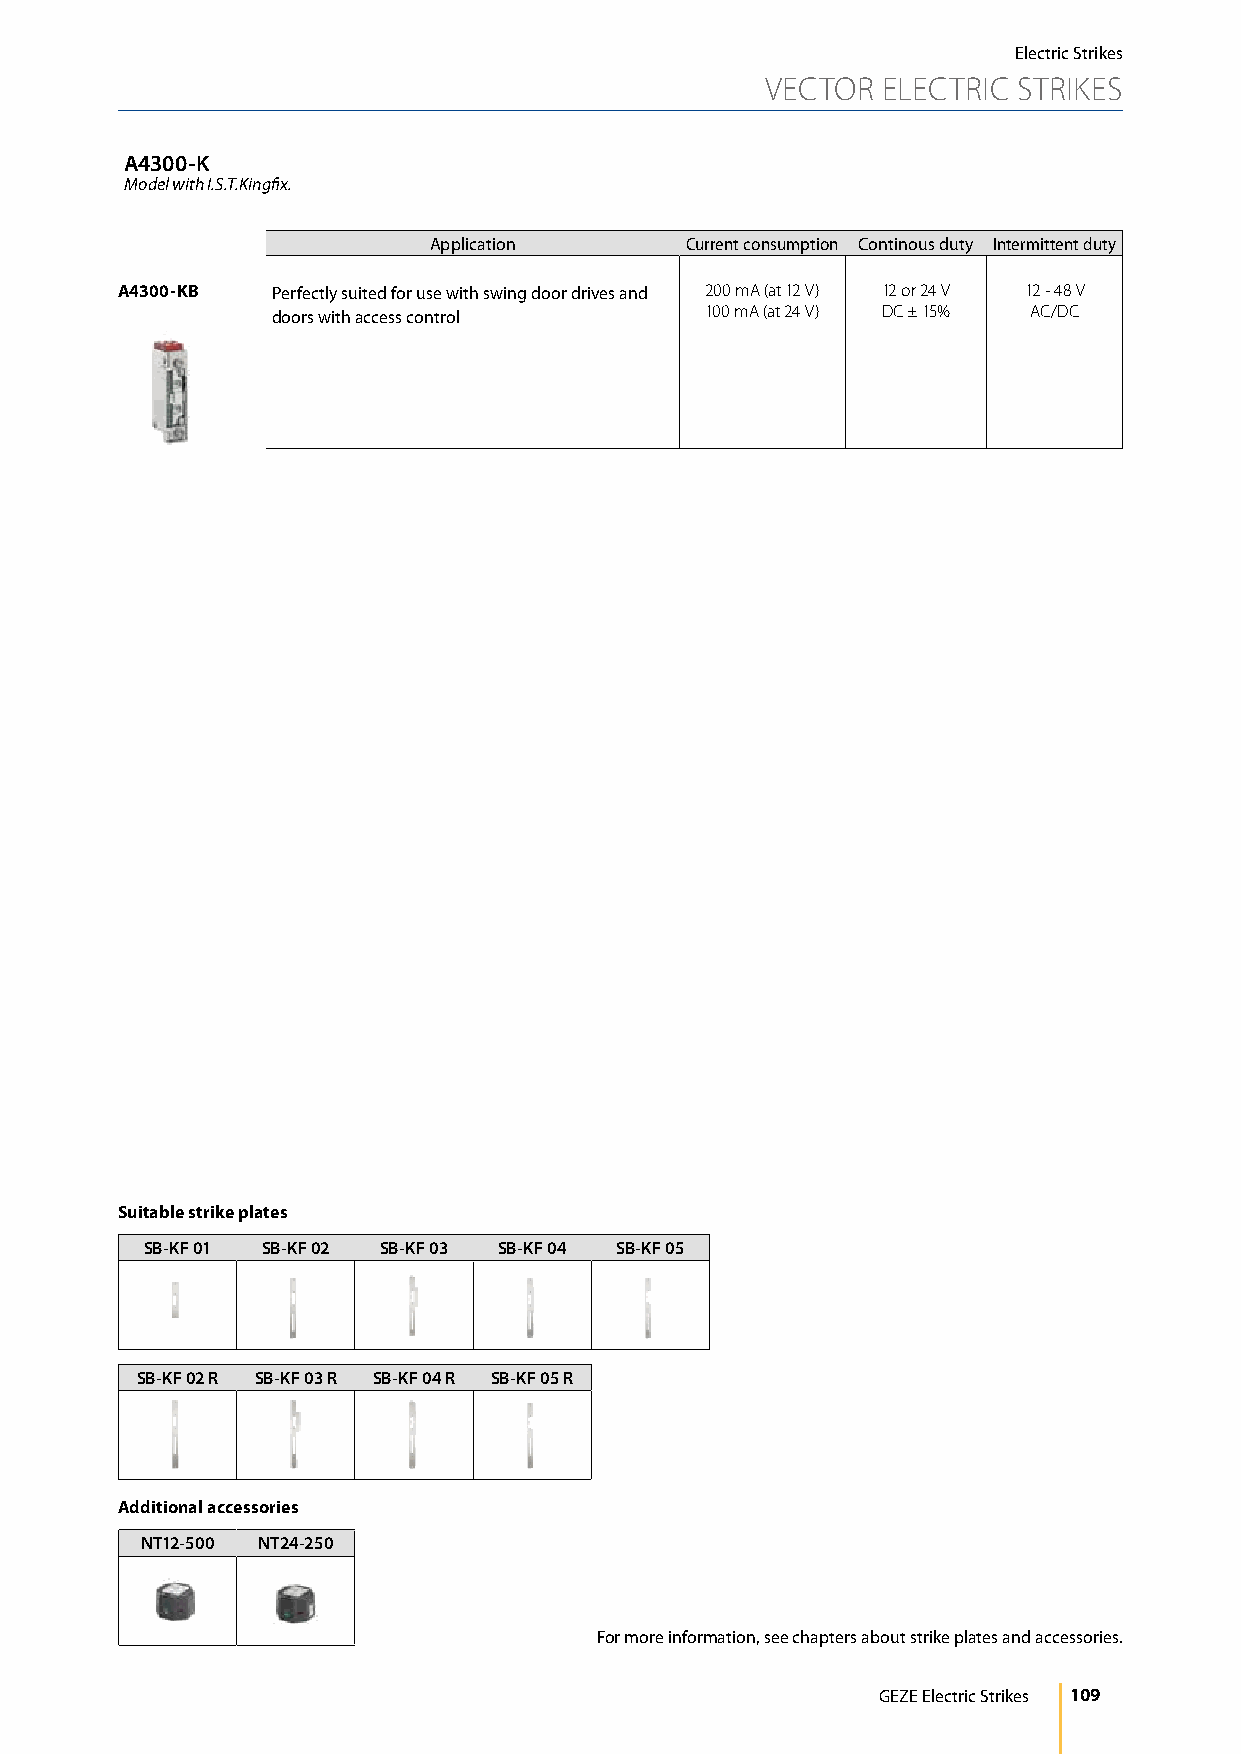
Electric Strikes
 VECTOR ELECTRIC STRIKES
 A4300-K
 Model with I.S.T.Kingfix.
 Application      Current consumption Continous duty Intermittent duty
 A4300-KB  Perfectly suited for use with swing door drives and 200 mA (at 12 V) 12 or 24 V 12 - 48 V
 doors with access control    100 mA (at 24 V) DC ± 15% AC/DC
 Suitable strike plates
 SB-KF 01 SB-KF 02 SB-KF 03 SB-KF 04 SB-KF 05
 SB-KF 02 R SB-KF 03 R SB-KF 04 R SB-KF 05 R
 Additional accessories
 NT12-500 NT24-250
 For more information, see chapters about strike plates and accessories.
 GEZE Electric Strikes 109